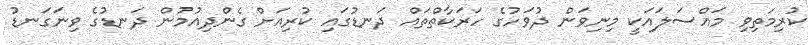
ކުރިމަތިވި މައްސަލައަކީ މިނިވަން ދުވަހުގެ ހަރަކާތްތައް ދަނޑުގައި ކުރިއަށް ގެންދިއުމުން ދަނޑުގެ ވިނަގަނޑު